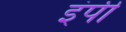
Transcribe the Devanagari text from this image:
इंपी